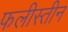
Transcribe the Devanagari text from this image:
फलीस्‍तीन